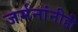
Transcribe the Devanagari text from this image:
जर्मनांनीही